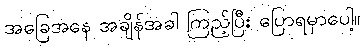
အခြေအနေ အချိန်အခါ ကြည့်ပြီး ပြောရမှာပေါ့။